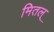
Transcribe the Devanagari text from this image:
मितल्